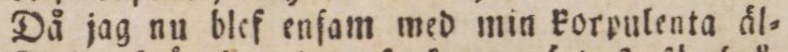
Då jag nu blef enſam med min korpulenta äl-